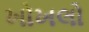
ખોખલો